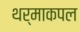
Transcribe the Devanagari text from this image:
थर्माकपल